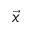
\vec { x }